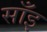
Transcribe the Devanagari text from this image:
साँइ